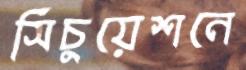
সিচুয়েশনে